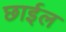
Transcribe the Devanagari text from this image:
छार्इल